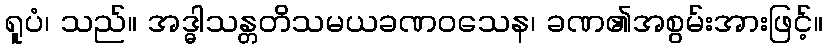
ရူပံ၊ သည်။ အဒ္ဓါသန္တတိသမယခဏဝသေန၊ ခဏ၏အစွမ်းအားဖြင့်။